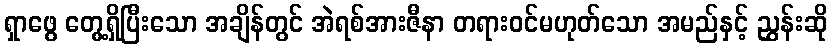
ရှာဖွေ တွေ့ရှိပြီးသော အချိန်တွင် အဲရစ်အားဇီနာ တရားဝင်မဟုတ်သော အမည်နှင့် ညွှန်းဆို